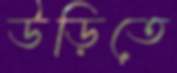
উড়িতে